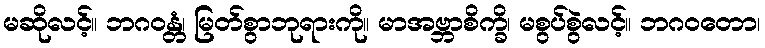
မဆိုလင့်။ ဘဂဝန္တံ၊ မြတ်စွာဘုရားကို။ မာအဗ္ဘာစိက္ခိ၊ မစွပ်စွဲလင့်။ ဘဂဝတော၊